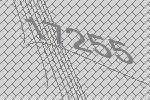
17255